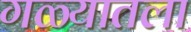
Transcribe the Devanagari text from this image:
गळ्यातला